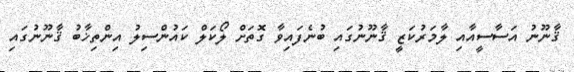
ޤާނޫނު އަސާސީއާއި ލާމަރުކަޒީ ޤާނޫނުގައި ބުނެފައިވާ ގޮތަށް ލޯކަލް ކައުންސިލު އިންތިޚާބު ޤާނޫނުގައި